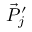
\vec { P } _ { j } ^ { \prime }